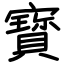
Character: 寳